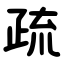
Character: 疏